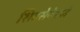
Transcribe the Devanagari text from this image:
शिवसेनेमध्ये